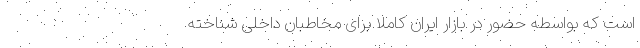
است که بواسطه حضور در بازار ایران کاملا برای مخاطبان داخلی شناخته